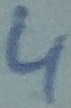
Text: 4